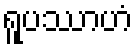
ရူပဿာဟံ